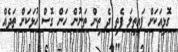
ގޮޅިއަކަށް ފައިތިލަ ފެތި ދެ ތިން ތަނުން ހަން ގޮސް ހުޅަކަށް ތަދެއް